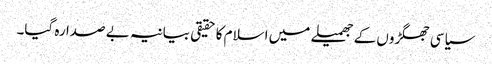
سیاسی جھگڑوں کے جھمیلے میں اسلام کا حقیقی بیانیہ بے صدا رہ گیا۔